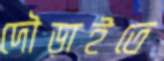
দৌড়াইতে